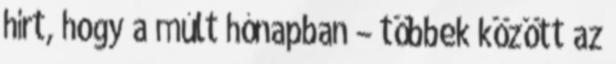
hírt, hogy a múlt hónapban – többek között az